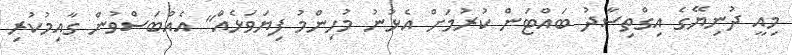
މިއީ ދުނިޔޭގެ އިގްތިސާދު ބައްޓަން ކުރުމަށް އެޅުނު މުހިންމު ފިޔަވަޅެއް" އެއްބަސްވުން ގާއިމުކުރި